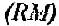
(RM)